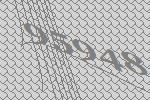
95948